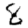
Digit: 8